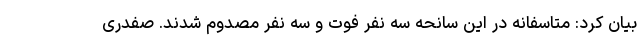
بیان کرد: متاسفانه در این سانحه سه نفر فوت و سه نفر مصدوم شدند. صفدری